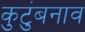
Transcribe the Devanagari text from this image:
कुटुंबनाव